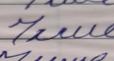
Signature authenticity: forged